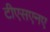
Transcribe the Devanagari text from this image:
टीएसएनए